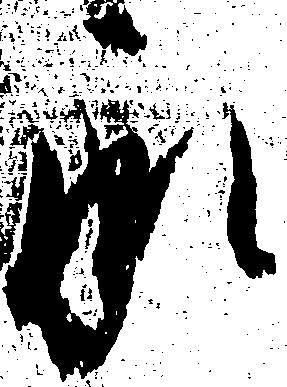
承